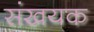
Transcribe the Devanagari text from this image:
संखयक